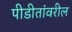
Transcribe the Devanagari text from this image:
पीडीतांवरील